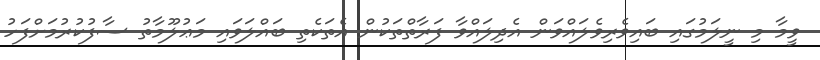
ވީމާ މި ނީލަމުގައި ބައިވެރިވެލައްވަން އެދިލައްވާ ފަރާތްތަކުން އެތަކެތި ބައްލަވައި މަޢުލޫމާތު ސާފުކުރުމަށްފަހު